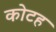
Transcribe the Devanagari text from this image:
कोटह